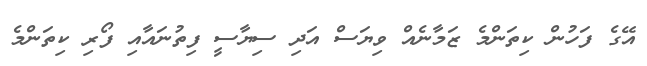
އޭގެ ފަހުން ކިތަންމެ ޒަމާނެއް ވިޔަސް އަދި ސިޔާސީ ފިތުނައާއި ފޯރި ކިތަންމެ